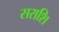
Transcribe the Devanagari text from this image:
सराशि